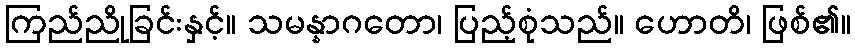
ကြည်ညိုခြင်းနှင့်။ သမန္နာဂတော၊ ပြည့်စုံသည်။ ဟောတိ၊ ဖြစ်၏။